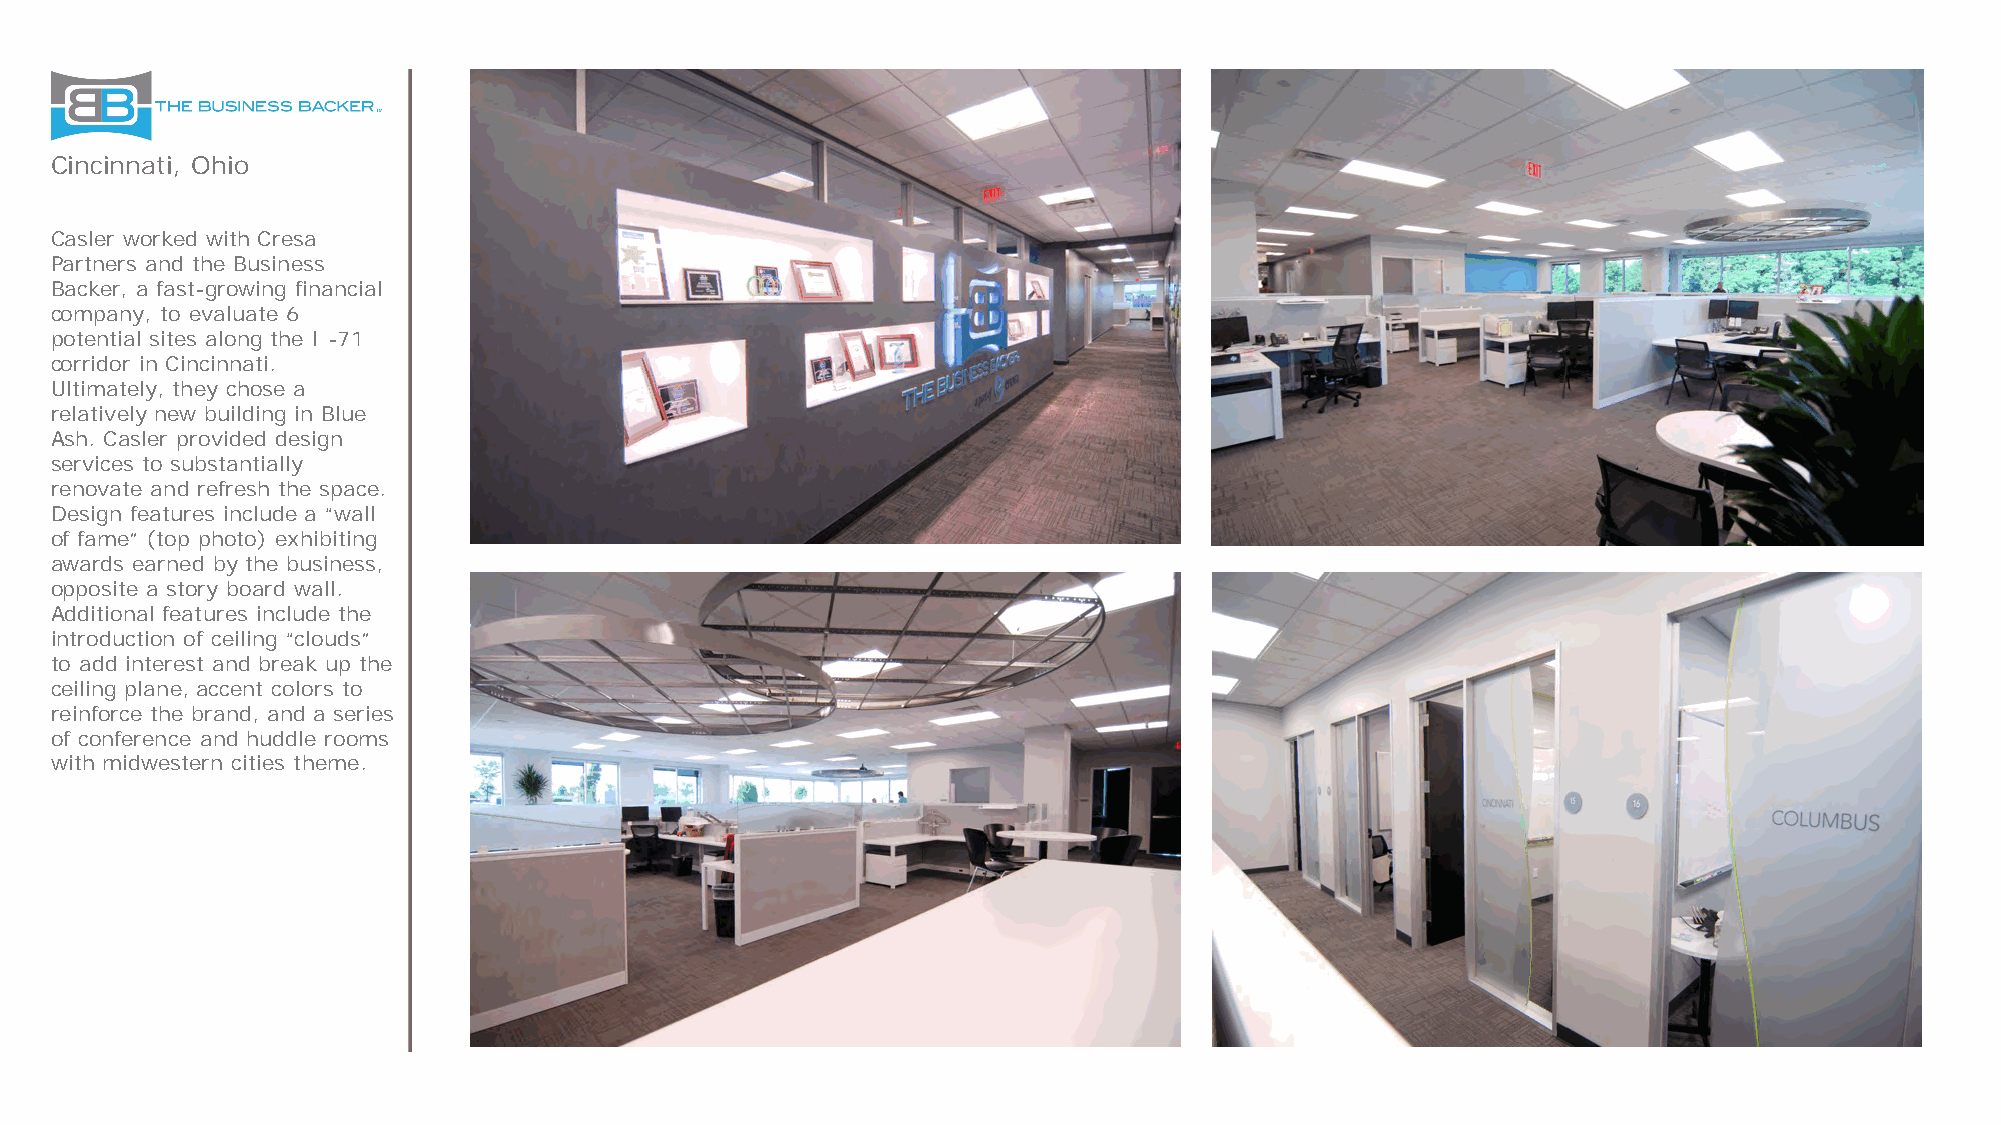
Cincinnati, Ohio
 Casler worked with Cresa
 Partners and the Business
 Backer, a fast-growing financial
 company, to evaluate 6
 potential sites along the I -71
 corridor in Cincinnati.
 Ultimately, they chose a
 relatively new building in Blue
 Ash. Casler provided design
 services to substantially
 renovate and refresh the space.
 Design features include a “wall
 of fame” (top photo) exhibiting
 awards earned by the business,
 opposite a story board wall.
 Additional features include the
 introduction of ceiling “clouds”
 to add interest and break up the
 ceiling plane, accent colors to
 reinforce the brand, and a series
 of conference and huddle rooms
 with midwestern cities theme.